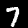
Label: 7